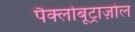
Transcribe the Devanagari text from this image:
पैक्लोबूट्राज़ोल